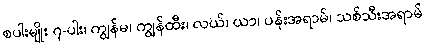
စပါးမျိုး ၇-ပါး၊ ကျွန်မ၊ ကျွန်ထီး၊ လယ်၊ ယာ၊ ပန်းအရာမ်၊ သစ်သီးအရာမ်